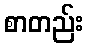
စာတည်း